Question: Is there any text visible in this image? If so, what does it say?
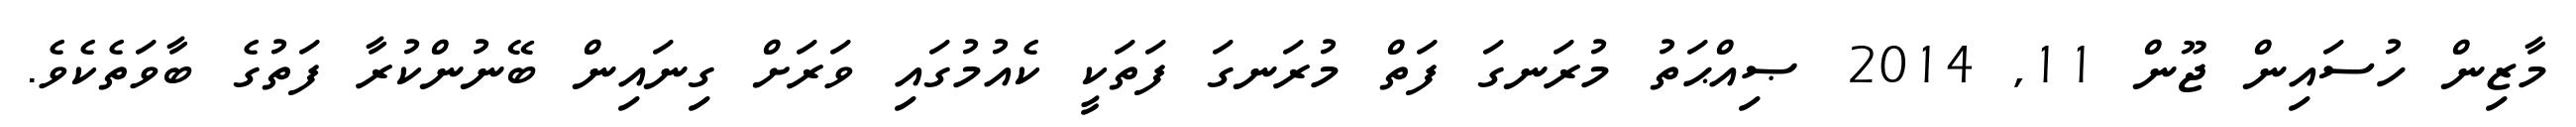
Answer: މާޒިން ހުސައިން ޖޫން 11, 2014 ޞިއްޙަތު މުރަނގަ ފަތް މުރަނގަ ފަތަކީ ކެއުމުގައި ވަރަށް ގިނައިން ބޭނުންކުރާ ފަތުގެ ބާވަތެކެވެ.